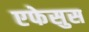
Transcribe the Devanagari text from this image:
एफेसुस